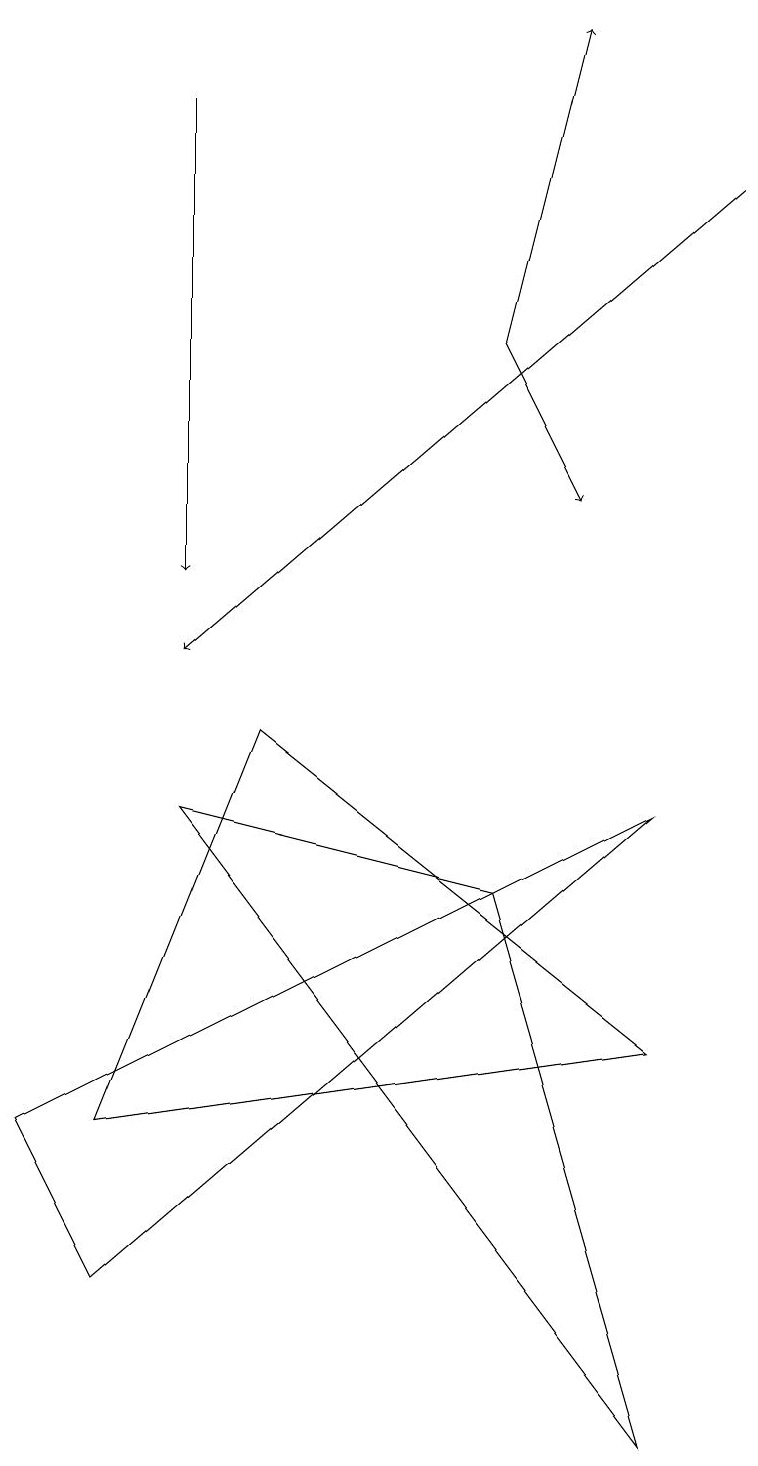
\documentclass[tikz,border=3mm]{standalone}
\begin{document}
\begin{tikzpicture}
\draw (2,8) -- (8,0) -- (6,7) -- cycle;
\draw[->] (2,17) -- (2,11);
\draw (1,4) -- (8,5) -- (3,9) -- cycle;
\draw (0,4) -- (1,2) -- (8,8) -- cycle;
\draw[->] (6,14) -- (7,18);
\draw[->] (9,16) -- (2,10);
\draw[->] (6,14) -- (7,12);
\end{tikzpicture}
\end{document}